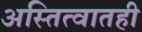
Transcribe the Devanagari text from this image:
अस्तित्वातही